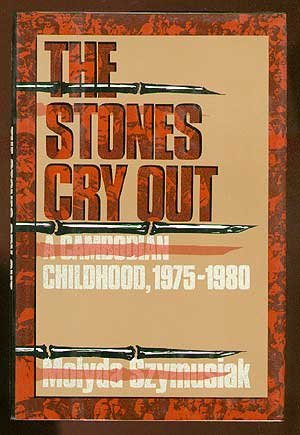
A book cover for The Stones Cry Out: A Cambodian Childhood, 1975-1980; Molyda Szymusiak; Travel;